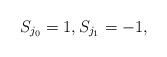
LaTeX: \begin{align*} S_{j_0} = 1, S_{j_1} = -1,\end{align*}